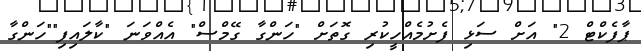
ޕާފެކްޓް 2" އަށް ސަޅި ފެށުމެއްހީކުރި ގޮތަށް "ހަންގާ ގޭމްސް" އެއްވަނަ "ކާލައިފި""ހަންގާ